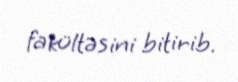
fakültəsini bitirib.